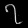
Digit: ၇